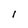
Character: l